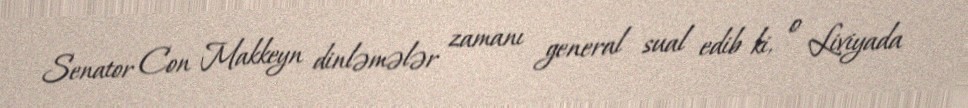
Senator Con Makkeyn dinləmələr zamanı general sual edib ki, o Liviyada